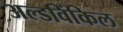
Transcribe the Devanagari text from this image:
अल्डविंकिल